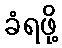
ခံရဖို့